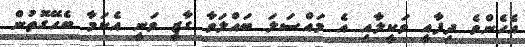
އެހެންވެ ދިފާއީ ވަކީލާއި އެ މައްސަލަ ބައްލަވާ ގާޒީ ވަނީ އެކަމާ ބެހޭގޮތުން